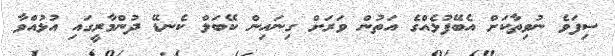
ސިފަވެ ނުވިތާކަށް އެބޭފުޅެއްގެ އަތުން ވަރަށް ގިނައިން ކޭބަލް ކެނޑޭ ދުންމާރީގައި އުޅުއްވާ